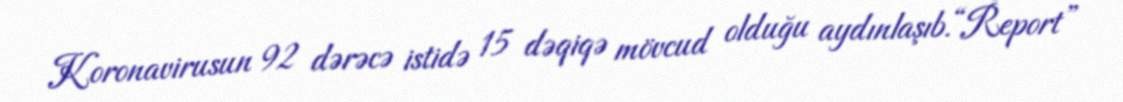
Koronavirusun 92 dərəcə istidə 15 dəqiqə mövcud olduğu aydınlaşıb.“Report”